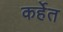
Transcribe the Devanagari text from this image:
कर्हेत